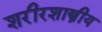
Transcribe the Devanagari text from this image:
शरीरशास्त्रीय